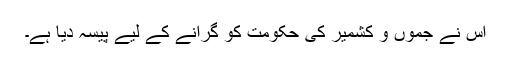
اس نے جموں و کشمیر کی حکومت کو گرانے کے لیے پیسہ دیا ہے۔